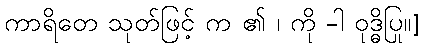
ကာရိတေ သုတ်ဖြင့် က ၏ ၊ ကို -ါ ဝုဒ္ဓိပြု။]